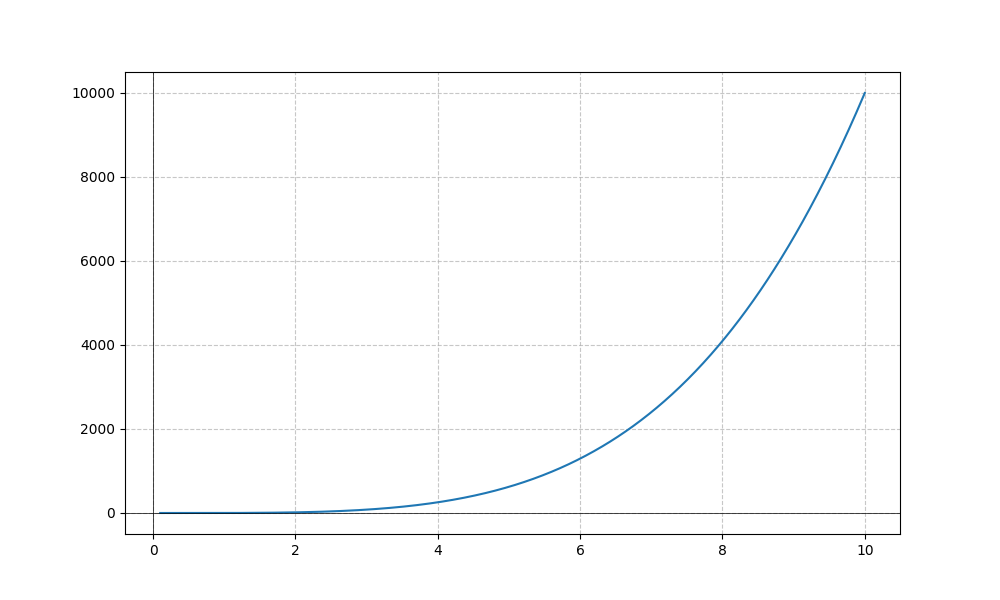
LaTeX formula: x^{4} - \operatorname{atan}{\left(x \right)}